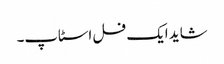
شاید ایک فل اسٹاپ۔